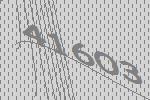
41603